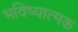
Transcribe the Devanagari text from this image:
भविष्यात्मक